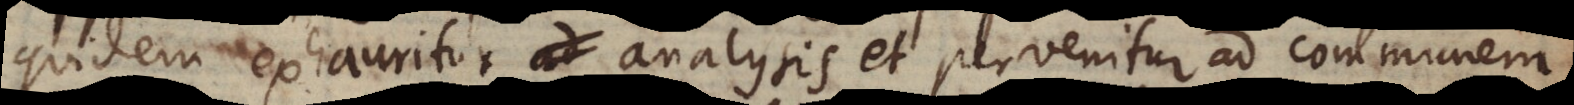
quidem exhauritur analysis et pervenitur ad communem